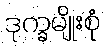
ဒုက္ခမျိုးစုံ